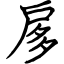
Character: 扅